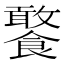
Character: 饏